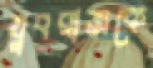
যুবরাজকে